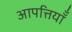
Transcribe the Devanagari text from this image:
आपत्तियॉँ